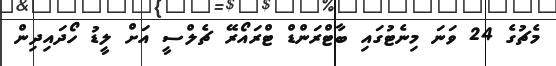
މެޗުގެ 24 ވަނަ މިނެޓުގައި ބާޓްރަންޑް ޓްރައޯރޭ ޗެލްސީ އަށް ލީޑު ހޯދައިދިން